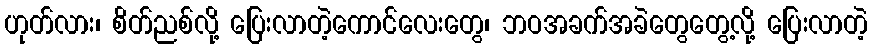
ဟုတ်လား၊ စိတ်ညစ်လို့ ပြေးလာတဲ့ကောင်လေးတွေ၊ ဘဝအခက်အခဲတွေတွေ့လို့ ပြေးလာတဲ့